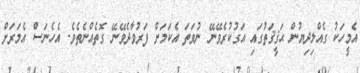
އެމީހަކު ގެއްލިދިޔުން ޙަޤީޤަތުގައި އަގުކުރެވޭނޭ ނުވަތަ އެކަމަށް ފަރުވާދެވޭނޭ ގޮތެއްނެތެވެ. އެހެނަސް އެމަރަށް